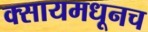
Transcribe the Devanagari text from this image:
क्सायमधूनच